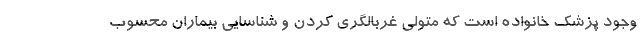
وجود پزشک خانواده است که متولی غربالگری کردن و شناسایی بیماران محسوب